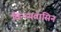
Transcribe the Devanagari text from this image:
विन्ध्यवासिन